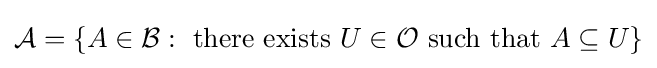
{\mathcal {A}}=\{A\in {\mathcal {B}}:{\text{ there exists }}U\in {\mathcal {O}}{\text{ such that }}A\subseteq U\}